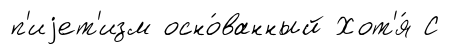
п'иjет'изм осно́ванный Хот'я́ С